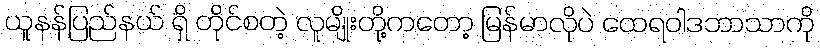
ယူနန်ပြည်နယ် ရှိ တိုင်စတဲ့ လူမျိုးတို့ကတော့ မြန်မာလိုပဲ ထေရဝါဒဘာသာကို